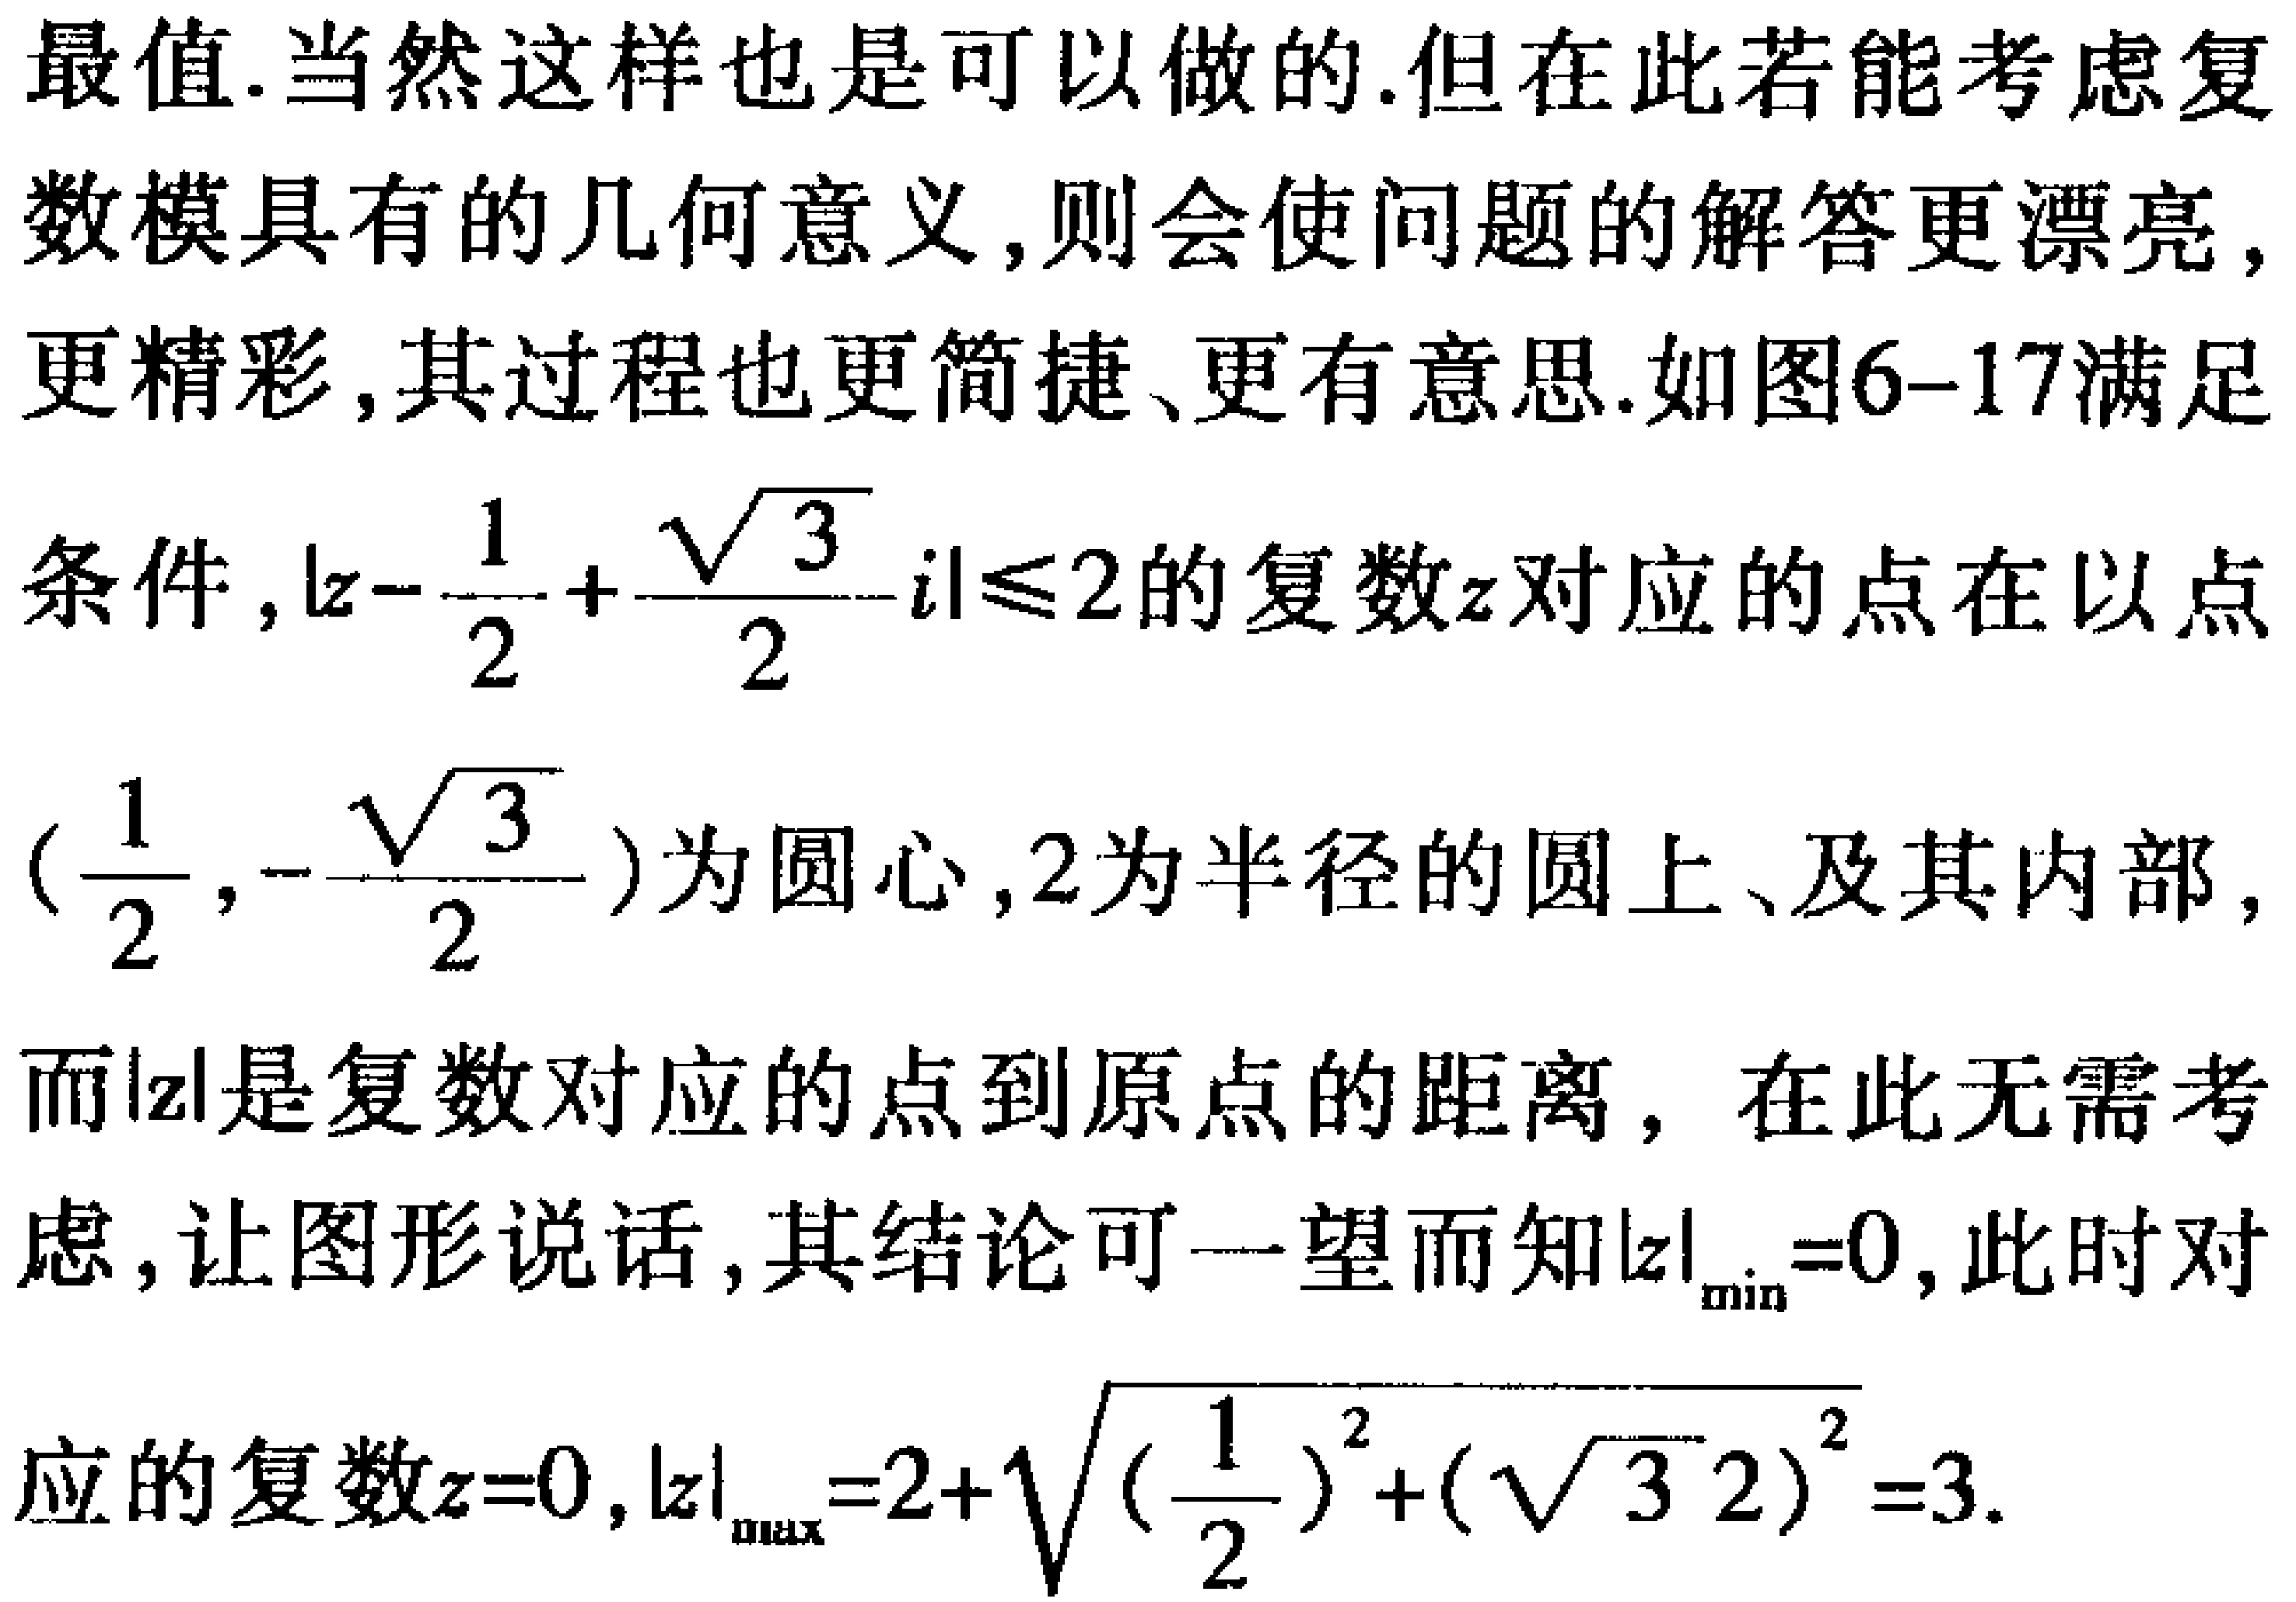
最值.当然这样也是可以做的.但在此若能考虑复
数模具有的几何意义,则会使问题的解答更漂亮,
更精彩,其过程也更简捷、更有意思.如图6-17满足
条件,$|z - \frac{1}{2}+\frac{\sqrt{3}}{2}i|\leq2$的复数$z$对应的点在以点
$(\frac{1}{2},-\frac{\sqrt{3}}{2})$为圆心,$2$为半径的圆上、及其内部,
而$|z|$是复数对应的点到原点的距离, 在此无需考
虑,让图形说话,其结论可一望而知$|z|_{\min}=0$,此时对
应的复数$z = 0$,$|z|_{\max}=2+\sqrt{(\frac{1}{2})^2+(\sqrt{3}/2)^2}=3$.